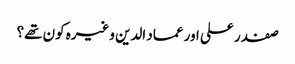
صفدر علی اور عماد الدین وغیرہ کون تھے؟